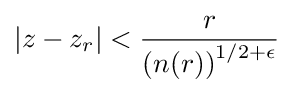
|z-z_{r}|<{\frac {r}{\left(n(r)\right)^{1/2+\epsilon }}}